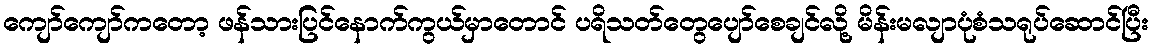
ကျော်ကျော်ကတော့ ဖန်သားပြင်နောက်ကွယ်မှာတောင် ပရိသတ်တွေပျော်စေချင်လို့ မိန်းမလျာပုံစံသရုပ်ဆောင်ပြီး